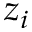
z _ { i }